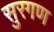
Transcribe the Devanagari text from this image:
सुरगण